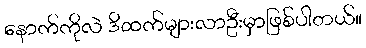
နောက်ကိုလဲ ဒိထက်များလာဦးမှာဖြစ်ပါတယ်။